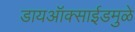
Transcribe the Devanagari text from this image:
डायऑक्साईडमुळे